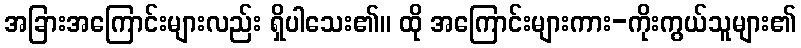
အခြားအကြောင်းများလည်း ရှိပါသေး၏။ ထို အကြောင်းများကား-ကိုးကွယ်သူများ၏